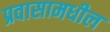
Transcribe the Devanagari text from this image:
प्रवासामधील